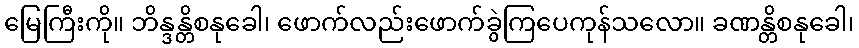
မြေကြီးကို။ ဘိန္ဒန္တိစနုခေါ၊ ဖောက်လည်းဖောက်ခွဲကြပေကုန်သလော။ ခဏန္တိစနုခေါ၊